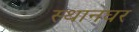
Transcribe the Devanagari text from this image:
स्थानघर